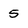
Character: 5